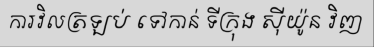
ការវិលត្រឡប់ ទៅកាន់ ទីក្រុង ស៊ីយ៉ូន វិញ